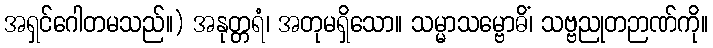
အရှင်ဂေါတမသည်။) အနုတ္တရံ၊ အတုမရှိသော။ သမ္မာသမ္ဗောဓိံ၊ သဗ္ဗညုတဉာဏ်ကို။